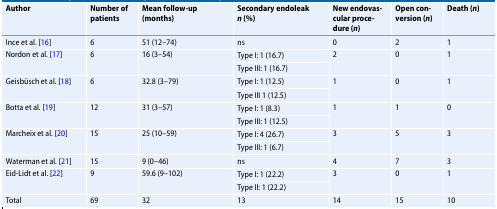
<table><thead><tr><td><b>Author</b></td><td><b>Number of patients</b></td><td><b>Mean follow-up(months)</b></td><td><b>Secondary endoleak<i>n </i>(%)</b></td><td><b>New endovascular procedure (<i>n</i>)</b></td><td><b>Open conversion (<i>n</i>)</b></td><td><b>Death (<i>n</i>)</b></td></tr></thead><tbody><tr><td>Ince et al. [16]</td><td>6</td><td>51 (12–74)</td><td>ns</td><td>0</td><td>2</td><td>1</td></tr><tr><td rowspan="2">Nordon et al. [17]</td><td rowspan="2">6</td><td rowspan="2">16 (3–54)</td><td>Type I: 1 (16.7)</td><td rowspan="2">2</td><td rowspan="2">0</td><td rowspan="2">1</td></tr><tr><td>Type III: 1 (16.7)</td></tr><tr><td rowspan="2">Geisbüsch et al. [18]</td><td rowspan="2">6</td><td rowspan="2">32.8 (3–79)</td><td>Type I: 1 (12.5)</td><td rowspan="2">1</td><td rowspan="2">0</td><td rowspan="2">1</td></tr><tr><td>Type III 1 (12.5)</td></tr><tr><td rowspan="2">Botta et al. [19]</td><td rowspan="2">12</td><td rowspan="2">31 (3–57)</td><td>Type I: 1 (8.3)</td><td rowspan="2">1</td><td rowspan="2">1</td><td rowspan="2">0</td></tr><tr><td>Type III: 1 (12.5)</td></tr><tr><td rowspan="2">Marcheix et al. [20]</td><td rowspan="2">15</td><td rowspan="2">25 (10–59)</td><td>Type I: 4 (26.7)</td><td rowspan="2">3</td><td rowspan="2">5</td><td rowspan="2">3</td></tr><tr><td>Type III: 1 (6.7)</td></tr><tr><td>Waterman et al. [21]</td><td>15</td><td>9 (0–46)</td><td>ns</td><td>4</td><td>7</td><td>3</td></tr><tr><td rowspan="2">Eid-Lidt et al. [22]</td><td rowspan="2">9</td><td rowspan="2">59.6 (9–102)</td><td>Type I: 1 (22.2)</td><td rowspan="2">3</td><td rowspan="2">0</td><td rowspan="2">1</td></tr><tr><td>Type II: 1 (22.2)</td></tr><tr><td>Total</td><td>69</td><td>32</td><td>13</td><td>14</td><td>15</td><td>10</td></tr></tbody></table>